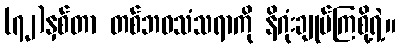
(၇၂)နှစ်တာ တစ်ဘဝသံသရာကို နိဂုံးချုပ်ကြစို့ရဲ့။